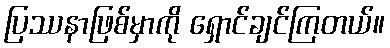
ပြဿနာဖြစ်မှာကို ရှောင်ချင်ကြတယ်။